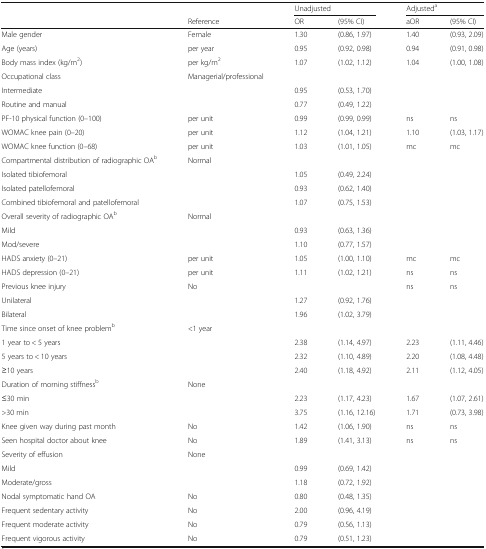
<table><thead><tr><td></td><td></td><td colspan="2"><b>Unadjusted</b></td><td colspan="2"><b>Adjusted<sup>a</sup></b></td></tr><tr><td></td><td><b>Reference</b></td><td><b>OR</b></td><td><b>(95% CI)</b></td><td><b>aOR</b></td><td><b>(95% CI)</b></td></tr></thead><tbody><tr><td>Male gender</td><td>Female</td><td>1.30</td><td>(0.86, 1.97)</td><td>1.40</td><td>(0.93, 2.09)</td></tr><tr><td>Age (years)</td><td>per year</td><td>0.95</td><td>(0.92, 0.98)</td><td>0.94</td><td>(0.91, 0.98)</td></tr><tr><td>Body mass index (kg/m<sup>2</sup>)</td><td>per kg/m<sup>2</sup></td><td>1.07</td><td>(1.02, 1.12)</td><td>1.04</td><td>(1.00, 1.08)</td></tr><tr><td>Occupational class</td><td>Managerial/professional</td><td></td><td></td><td></td><td></td></tr><tr><td>Intermediate</td><td></td><td>0.95</td><td>(0.53, 1.70)</td><td></td><td></td></tr><tr><td>Routine and manual</td><td></td><td>0.77</td><td>(0.49, 1.22)</td><td></td><td></td></tr><tr><td>PF-10 physical function (0–100)</td><td>per unit</td><td>0.99</td><td>(0.99, 0.99)</td><td>ns</td><td>ns</td></tr><tr><td>WOMAC knee pain (0–20)</td><td>per unit</td><td>1.12</td><td>(1.04, 1.21)</td><td>1.10</td><td>(1.03, 1.17)</td></tr><tr><td>WOMAC knee function (0–68)</td><td>per unit</td><td>1.03</td><td>(1.01, 1.05)</td><td>mc</td><td>mc</td></tr><tr><td>Compartmental distribution of radiographic OA<sup>b</sup></td><td>Normal</td><td></td><td></td><td></td><td></td></tr><tr><td>Isolated tibiofemoral</td><td></td><td>1.05</td><td>(0.49, 2.24)</td><td></td><td></td></tr><tr><td>Isolated patellofemoral</td><td></td><td>0.93</td><td>(0.62, 1.40)</td><td></td><td></td></tr><tr><td>Combined tibiofemoral and patellofemoral</td><td></td><td>1.07</td><td>(0.75, 1.53)</td><td></td><td></td></tr><tr><td>Overall severity of radiographic OA<sup>b</sup></td><td>Normal</td><td></td><td></td><td></td><td></td></tr><tr><td>Mild</td><td></td><td>0.93</td><td>(0.63, 1.36)</td><td></td><td></td></tr><tr><td>Mod/severe</td><td></td><td>1.10</td><td>(0.77, 1.57)</td><td></td><td></td></tr><tr><td>HADS anxiety (0–21)</td><td>per unit</td><td>1.05</td><td>(1.00, 1.10)</td><td>mc</td><td>mc</td></tr><tr><td>HADS depression (0–21)</td><td>per unit</td><td>1.11</td><td>(1.02, 1.21)</td><td>ns</td><td>ns</td></tr><tr><td>Previous knee injury</td><td>No</td><td></td><td></td><td>ns</td><td>ns</td></tr><tr><td>Unilateral</td><td></td><td>1.27</td><td>(0.92, 1.76)</td><td></td><td></td></tr><tr><td>Bilateral</td><td></td><td>1.96</td><td>(1.02, 3.79)</td><td></td><td></td></tr><tr><td>Time since onset of knee problem<sup>b</sup></td><td>&lt;1 year</td><td></td><td></td><td></td><td></td></tr><tr><td>1 year to &lt; 5 years</td><td></td><td>2.38</td><td>(1.14, 4.97)</td><td>2.23</td><td>(1.11, 4.46)</td></tr><tr><td>5 years to &lt; 10 years</td><td></td><td>2.32</td><td>(1.10, 4.89)</td><td>2.20</td><td>(1.08, 4.48)</td></tr><tr><td>≥10 years</td><td></td><td>2.40</td><td>(1.18, 4.92)</td><td>2.11</td><td>(1.12, 4.05)</td></tr><tr><td>Duration of morning stiffness<sup>b</sup></td><td>None</td><td></td><td></td><td></td><td></td></tr><tr><td>≤30 min</td><td></td><td>2.23</td><td>(1.17, 4.23)</td><td>1.67</td><td>(1.07, 2.61)</td></tr><tr><td>&gt;30 min</td><td></td><td>3.75</td><td>(1.16, 12.16)</td><td>1.71</td><td>(0.73, 3.98)</td></tr><tr><td>Knee given way during past month</td><td>No</td><td>1.42</td><td>(1.06, 1.90)</td><td>ns</td><td>ns</td></tr><tr><td>Seen hospital doctor about knee</td><td>No</td><td>1.89</td><td>(1.41, 3.13)</td><td>ns</td><td>ns</td></tr><tr><td>Severity of effusion</td><td>None</td><td></td><td></td><td></td><td></td></tr><tr><td>Mild</td><td></td><td>0.99</td><td>(0.69, 1.42)</td><td></td><td></td></tr><tr><td>Moderate/gross</td><td></td><td>1.18</td><td>(0.72, 1.92)</td><td></td><td></td></tr><tr><td>Nodal symptomatic hand OA</td><td>No</td><td>0.80</td><td>(0.48, 1.35)</td><td></td><td></td></tr><tr><td>Frequent sedentary activity</td><td>No</td><td>2.00</td><td>(0.96, 4.19)</td><td></td><td></td></tr><tr><td>Frequent moderate activity</td><td>No</td><td>0.79</td><td>(0.56, 1.13)</td><td></td><td></td></tr><tr><td>Frequent vigorous activity</td><td>No</td><td>0.79</td><td>(0.51, 1.23)</td><td></td><td></td></tr></tbody></table>